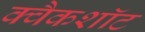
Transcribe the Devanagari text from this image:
क्वैकशॉट